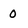
Character: O